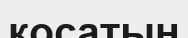
косатын